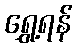
ရွှေ့ရန်